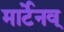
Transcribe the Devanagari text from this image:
मार्टेनव्